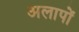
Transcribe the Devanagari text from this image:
अलापों